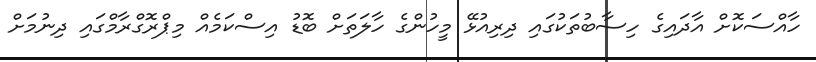
ހާއްސަކޮށް އާދައިގެ ހިސާބުތަކުގައި ދިރިއުޅޭ މީހުންގެ ހާލަތަށް ބޮޑު އިސްކަމެއް މިޕްރޮގްރާމްގައި ދިނުމަށް